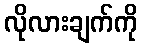
လိုလားချက်ကို